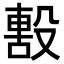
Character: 毄